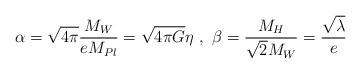
LaTeX: \begin{align*}\alpha=\sqrt{4\pi} \frac{M_W}{eM_{Pl}}=\sqrt{4\pi G}\eta \ , \ \beta=\frac{M_{H}}{\sqrt{2}M_W}=\frac{\sqrt{\lambda}}{e}\end{align*}